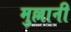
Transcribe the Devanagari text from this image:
मुल्लानी